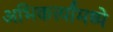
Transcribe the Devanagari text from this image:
अभिकर्त्यांमध्ये